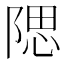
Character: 𨺯